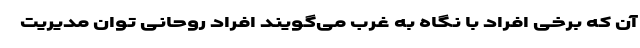
آن که برخی افراد با نگاه به غرب می‌گویند افراد روحانی توان مدیریت